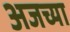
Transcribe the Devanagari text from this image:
अजच्या